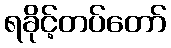
ရခိုင့်တပ်တော်